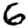
Digit: 6